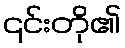
၎င်းတို၏